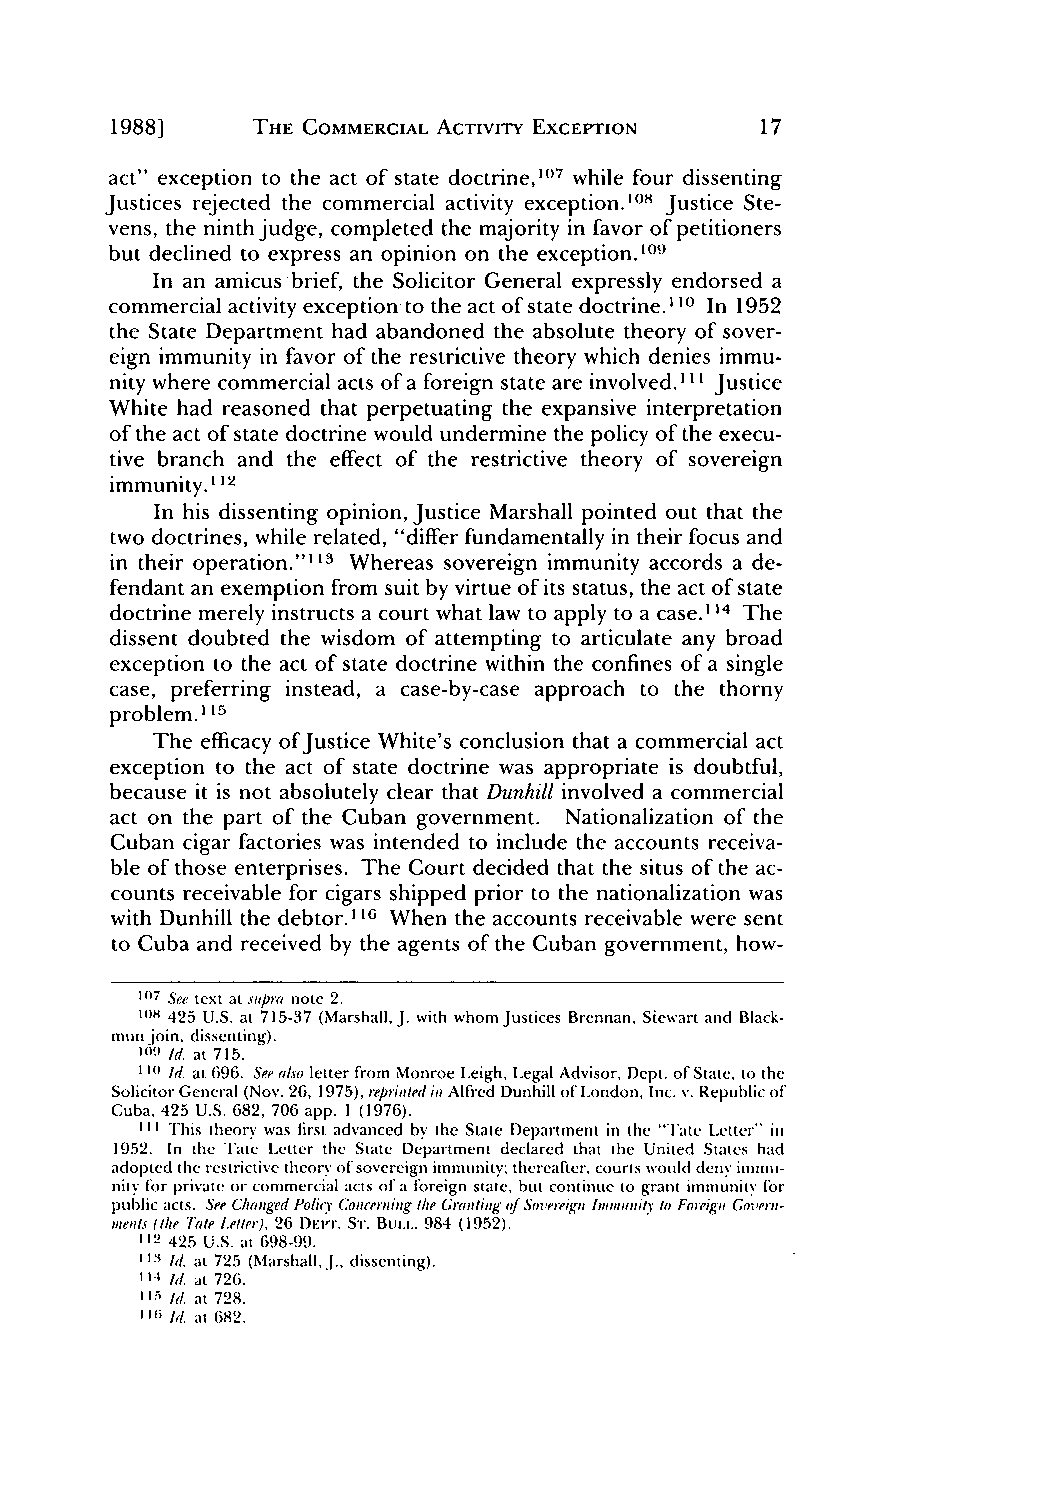
1988]     THE COMMERCIAL ACTIVITY EXCEPTION
 act" exception to the act of state doctrine,107 while four dissenting
 Justices rejected the commercial activity exception.'08 Justice Ste-
 vens, the ninth judge, completed the majority in favor of petitioners
 but declined to express an opinion on the exception. 109
 In an amicus brief, the Solicitor General expressly endorsed a
 commercial activity exception to the act of state doctrine. I10In 1952
 the State Department had abandoned the absolute theory of sover-
 eign immunity in favor of the restrictive theory which denies immu-
 nity where commercial acts of a foreign state are involved. iI Justice
 White had reasoned that perpetuating the expansive interpretation
 of the act of state doctrine would undermine the policy of the execu-
 tive branch and the effect of the restrictive theory of sovereign
 immunity.' 12
 In his dissenting opinion, Justice Marshall pointed out that the
 two doctrines, while related, "differ fundamentally in their focus and
 in their operation."' 1 3 Whereas sovereign immunity accords a de-
 fendant an exemption from suit by virtue of its status, the act of state
 doctrine merely instructs a court what law to apply to a case.' 1 4 The
 dissent doubted the wisdom of attempting to articulate any broad
 exception to the act of state doctrine within the confines of a single
 case, preferring instead, a case-by-case approach to the thorny
 problem.' 15
 The efficacy of Justice White's conclusion that a commercial act
 exception to the act of state doctrine was appropriate is doubtful,
 because it is not absolutely clear that Dunhill involved a commercial
 act on the part of the Cuban government. Nationalization of the
 Cuban cigar factories was intended to include the accounts receiva-
 ble of those enterprises. The Court decided that the situs of the ac-
 counts receivable for cigars shipped prior to the nationalization was
 with Dunhill the debtor.' When the accounts receivable were sent
 16
 to Cuba and received by the agents of the Cuban government, how-
 107 See text at supra note 2.
 108 425 U.S. at 715-37 (Marshall, J.w ith whom justices Brennan, Siewart and Black-
 mun join, dissenting).
 '09 Id. at 715.
 11(I d. at 696. See alsole tter from Monroe Leigh, Legal Advisor, Dept. of State, to the
 Solicitor General (Nov. 26, 1975), reprinted inA lfred Dunhill ofL.ondon, Inc. v. Republic of
 Cuba, 425 U.S. 682, 706 app. 1 (1976).
 Ill This theory was first advanced by the State Department in the '"Tate Letter" in
 1952. In the l'ate Letter the State Department declared that the United States had
 adopted the restrictive theory of sovereign immunity; thereafter, courts would deny immu-
 nity for private or commercial acts of a foreign state, but continue to grant immunity for
 public acts. See Changed Policy Concerning the Granting of SoVereign Imoity to Foreign GoVer,-
 ient(tsh e atte Letter), 26 I)EI r. Sr. Butt.. 984 (1952).
 112 425 U.S. at 698-99.
 i I' Id. at 725 (Marshall, J.. dissenting).
 114 Id. at 726.
 115 Id. at 728.
 1 Id. at 682.